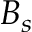
B _ { s }